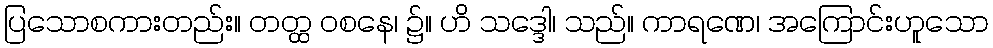
ပြသောစကားတည်း။ တတ္ထ ဝစနေ၊ ၌။ ဟိ သဒ္ဒေါ၊ သည်။ ကာရဏေ၊ အကြောင်းဟူသော